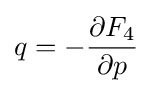
q=-{\frac {\partial F_{4}}{\partial p}}\,\!